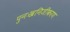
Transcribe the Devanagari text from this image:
पुनःखनिजीकरण